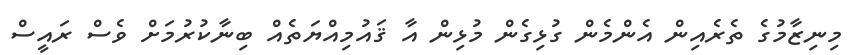
މިނިޒާމުގެ ތެރެއިން އެންމެން ގުޅިގެން މުޅިން އާ ޤައުމިއްޔަތެއް ބިނާކުރުމަށް ވެސް ރައީސް